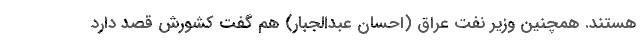
هستند. همچنین وزیر نفت عراق (احسان عبدالجبار) هم گفت کشورش قصد دارد